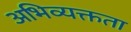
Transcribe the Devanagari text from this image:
अभिव्यक्तता